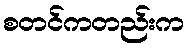
စတင်ကတည်းက